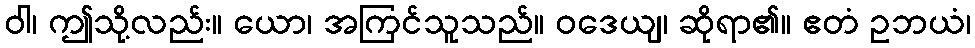
ဝါ၊ ဤသို့လည်း။ ယော၊ အကြင်သူသည်။ ဝဒေယျ၊ ဆိုရာ၏။ ဧတံ ဥဘယံ၊